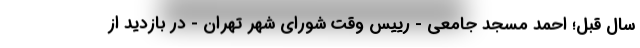
سال قبل؛ احمد مسجد جامعی - رییس وقت شورای شهر تهران - در بازدید از